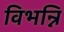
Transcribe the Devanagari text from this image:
विभन्नि